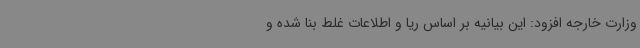
وزارت خارجه افزود: این بیانیه بر اساس ریا و اطلاعات غلط بنا شده و